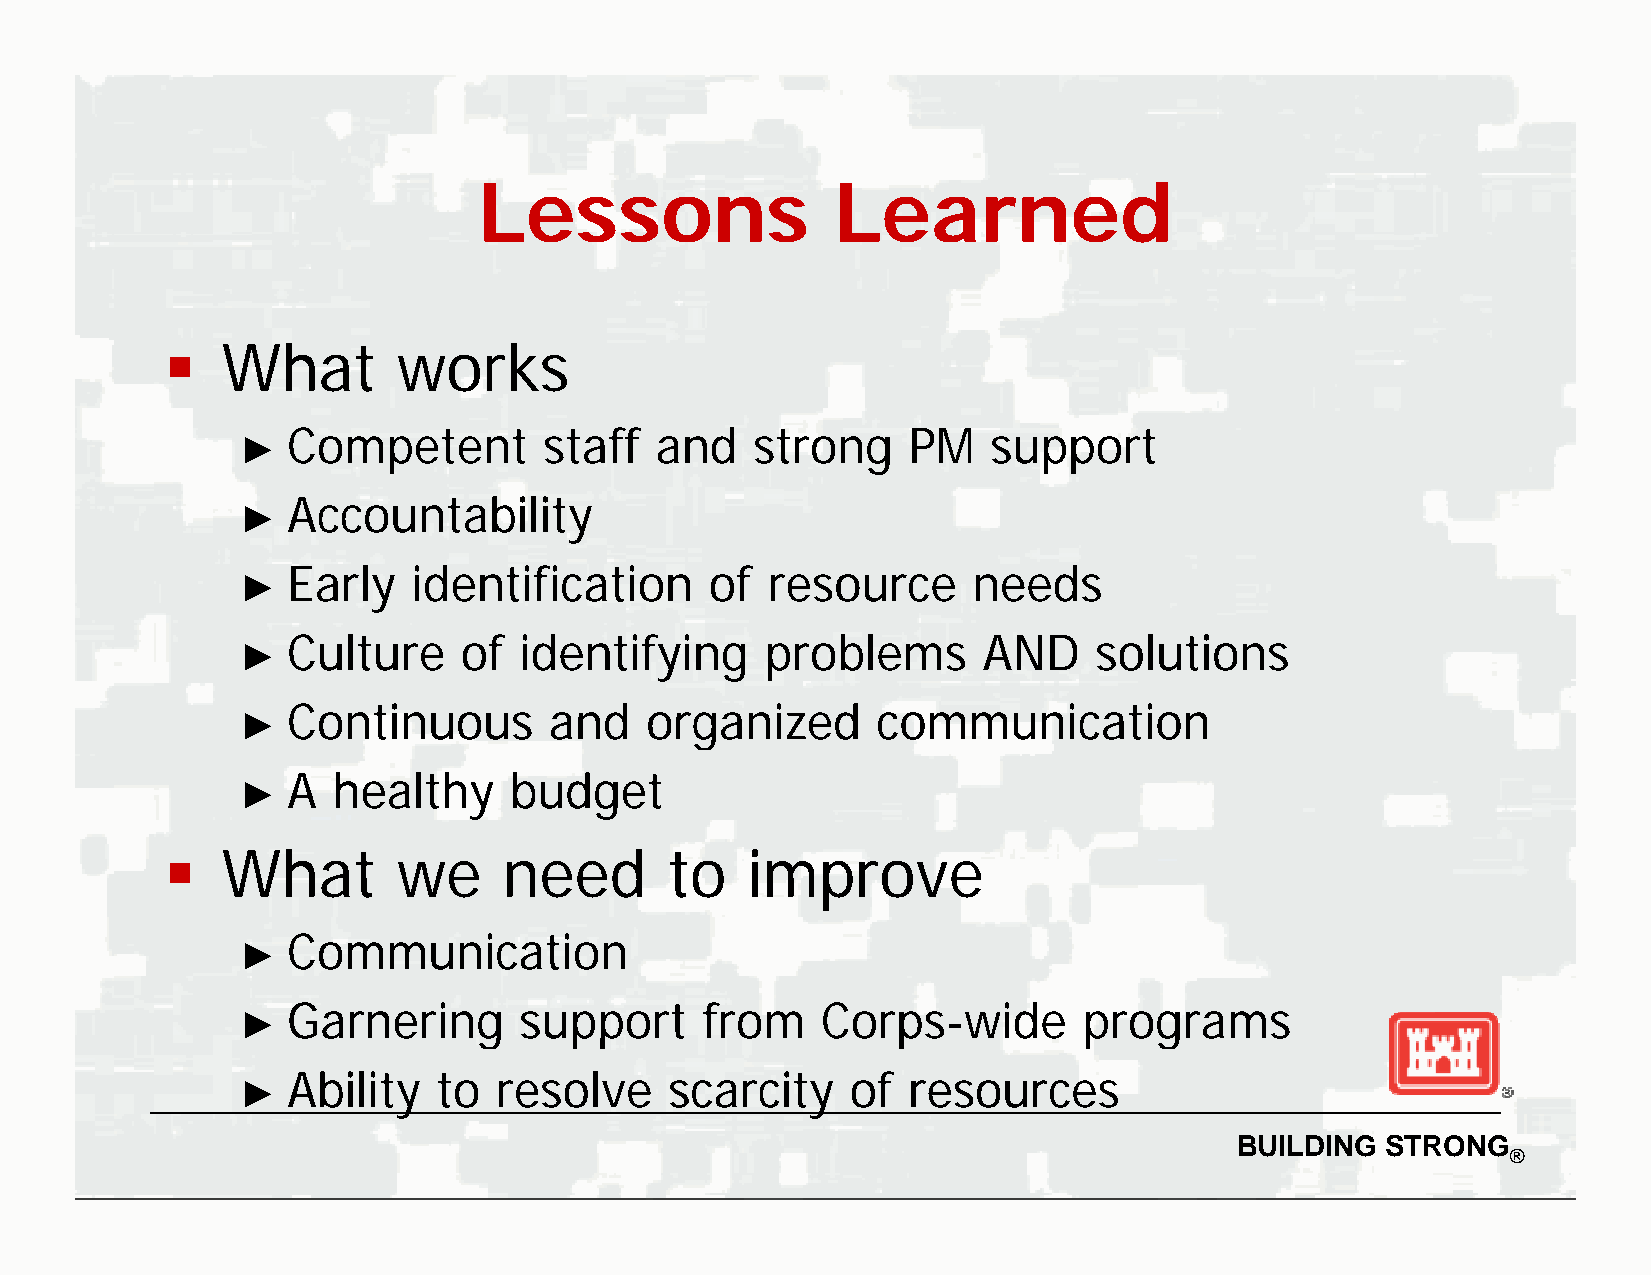
LLLLeeeessssssssoooonnnnssss LLLLeeeeaaaarrrrnnnneeeedddd
    What       works
 Competent        staff  and    strong    PM    support
 ►
 Accountability
 ►
 Early   identification      of  resource     needs
 ►
 Culture    of  identifying      problems      AND    solutions
 ►
 CCoonnttiinnuuoouuss aanndd oorrggaanniizzeedd ccoommmmuunniiccaattiioonn
 ►►
 A  healthy     budget
 ►
   WWhhaatt   wwee   nneeeedd   ttoo iimmpprroovvee
 Communication
 ►
 GGaarneeringg  ssuuppppoortt froom CCoorppss-widdee  pprooggraamss
 ►►
 Ability   to  resolve    scarcity    of  resources
 ►
 BUILDING  STRONG
 ®